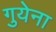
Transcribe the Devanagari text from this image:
गुयेना